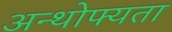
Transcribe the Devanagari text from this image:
अन्थोफ्यता